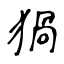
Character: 猧